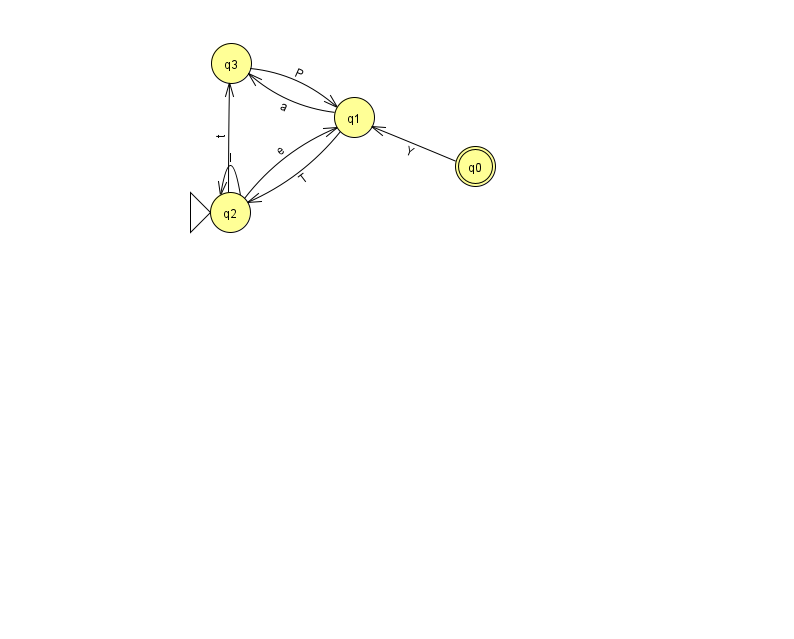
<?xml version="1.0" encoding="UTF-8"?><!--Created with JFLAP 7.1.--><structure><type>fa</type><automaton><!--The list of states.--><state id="0" name="q0"><x>475.0</x><y>153.0</y><final/></state><state id="1" name="q1"><x>354.0</x><y>104.0</y></state><state id="2" name="q2"><x>230.0</x><y>199.0</y><initial/></state><state id="3" name="q3"><x>231.0</x><y>50.0</y></state><!--The list of transitions.--><transition><from>1</from><to>3</to><read>a</read></transition><transition><from>0</from><to>1</to><read>Y</read></transition><transition><from>3</from><to>1</to><read>P</read></transition><transition><from>2</from><to>1</to><read>e</read></transition><transition><from>1</from><to>2</to><read>T</read></transition><transition><from>2</from><to>3</to><read>t</read></transition><transition><from>2</from><to>2</to><read>l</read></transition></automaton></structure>